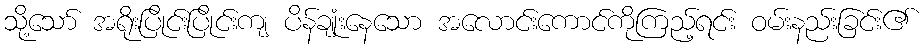
သို့သော် အရိုးပြိုင်းပြိုင်းကျ ပိန်ချုံးနေသော အလောင်းကောင်ကိုကြည့်ရင်း ဝမ်းနည်းခြင်း၏